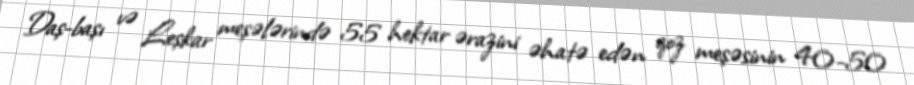
Daş-başı və Leşkar meşələrində 55 hektar ərazini əhatə edən qoz meşəsinin 40-50